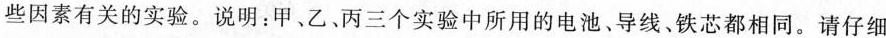
些因素有关的实验。说明：甲、乙、丙三个实验中所用的电池、导线、铁芯都相同。请仔细